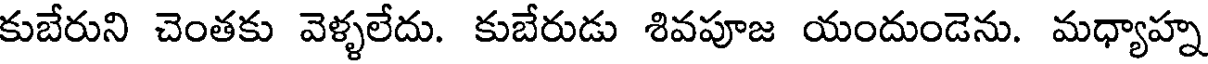
కుబేరుని చెంతకు వెళ్ళలేదు. కుబేరుడు శివపూజ యందుండెను. మధ్యాహ్న